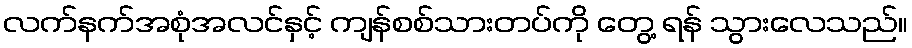
လက်နက်အစုံအလင်နှင့် ကျန်စစ်သားတပ်ကို တွေ့ ရန် သွားလေသည်။